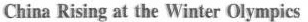
China Rising at the Winter Olympics